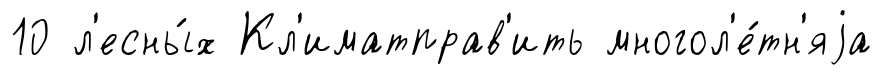
10 л'есны́х Кл'иматправ'ить многол'е́тн'яjа